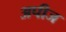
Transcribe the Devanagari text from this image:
अपीज